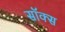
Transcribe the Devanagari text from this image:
सॉक्‍स